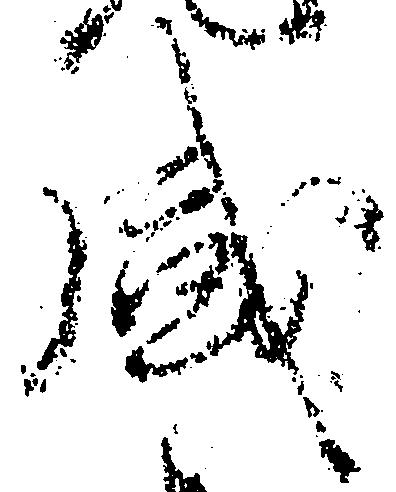
盛